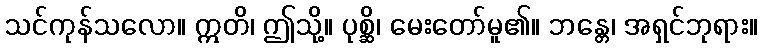
သင်ကုန်သလော။ ဣတိ၊ ဤသို့။ ပုစ္ဆိ၊ မေးတော်မူ၏။ ဘန္တေ၊ အရှင်ဘုရား။